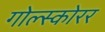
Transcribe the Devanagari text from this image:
गोल्स्कोरर